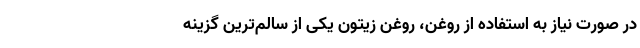
در صورت نیاز به استفاده از روغن، روغن زیتون یکی از سالم‌ترین گزینه